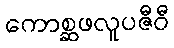
ကောစ္ဆဖလူပဇီဝီ